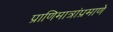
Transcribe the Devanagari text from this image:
प्राणिमात्रांप्रमाणे